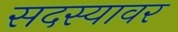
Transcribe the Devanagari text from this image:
सदस्यावर